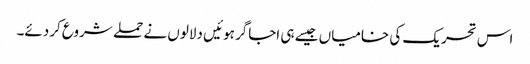
اس تحریک کی خامیاں جیسے ہی اجاگر ہوئیں دلالوں نے حملے شروع کردئے۔